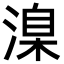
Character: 㴪